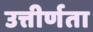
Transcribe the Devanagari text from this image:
उत्तीर्णता